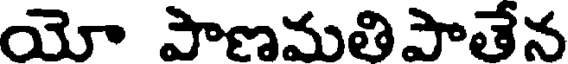
యో పాణమతిపాతేన